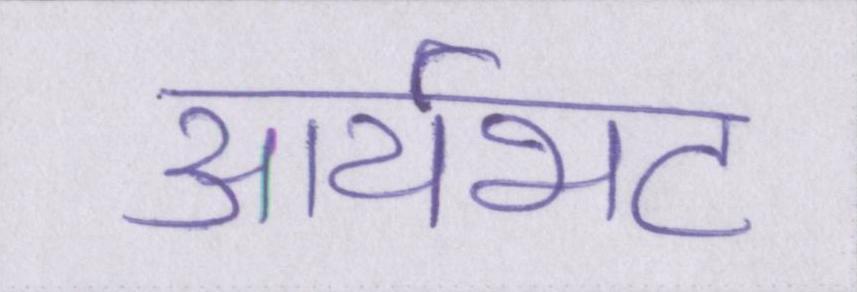
आर्यभट